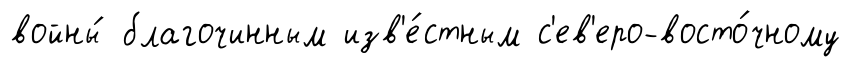
войны́ благочинным изв'е́стным с'ев'еро-восто́чному